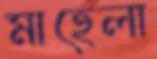
মাহেলা